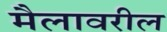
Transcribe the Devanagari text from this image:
मैलावरील